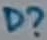
Text: D?